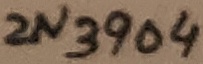
Text: 2N3904